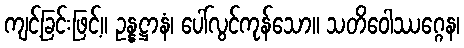
ကျင့်ခြင်းဖြင့်။ ဥန္နဋ္ဌာနံ၊ ပေါ်လွင်ကုန်သော။ သတိဝေါဿဂ္ဂေန၊